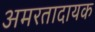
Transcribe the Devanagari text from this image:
अमरतादायक